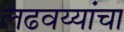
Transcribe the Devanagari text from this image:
लढवय्यांचा